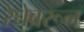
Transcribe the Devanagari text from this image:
रेघेवरून